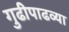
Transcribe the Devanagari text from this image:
गुढीपाढव्या